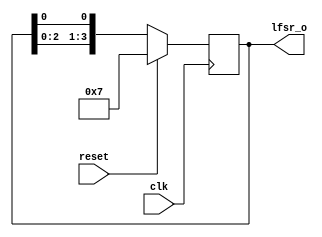
`timescale 1ns / 1ps
//////////////////////////////////////////////////////////////////////////////////
// Company: 
// Engineer: 
// 
// Design Name: 
// Module Name: LFSR_4
// Project Name: 
// Target Devices: 
// Tool Versions: 
// Description: 
// 
// Dependencies: 
// 
// Revision:
// Revision 0.01 - File Created
// Additional Comments:
// 
//////////////////////////////////////////////////////////////////////////////////

//Day 07 :Design and Verify a 4 bit linear feedback shift register 
//where the bit[0] 0f the register is driven by the XOR of the LFSR register bit[1] and bit[3].

module LFSR_4(
input wire clk,
input wire reset,
output wire[3:0] lfsr_o );
reg[3:0]lfsr_reg;

always @(posedge clk)
begin
if(reset)
begin
lfsr_reg <= 4'b111;
end
else
begin
//feedback logic
lfsr_reg[0] <= (lfsr_reg[1] ^ lfsr_reg[3]);

//shifting operation
lfsr_reg  <= {lfsr_reg[2:0],lfsr_reg[0]};

end
end
assign lfsr_o = lfsr_reg;

endmodule